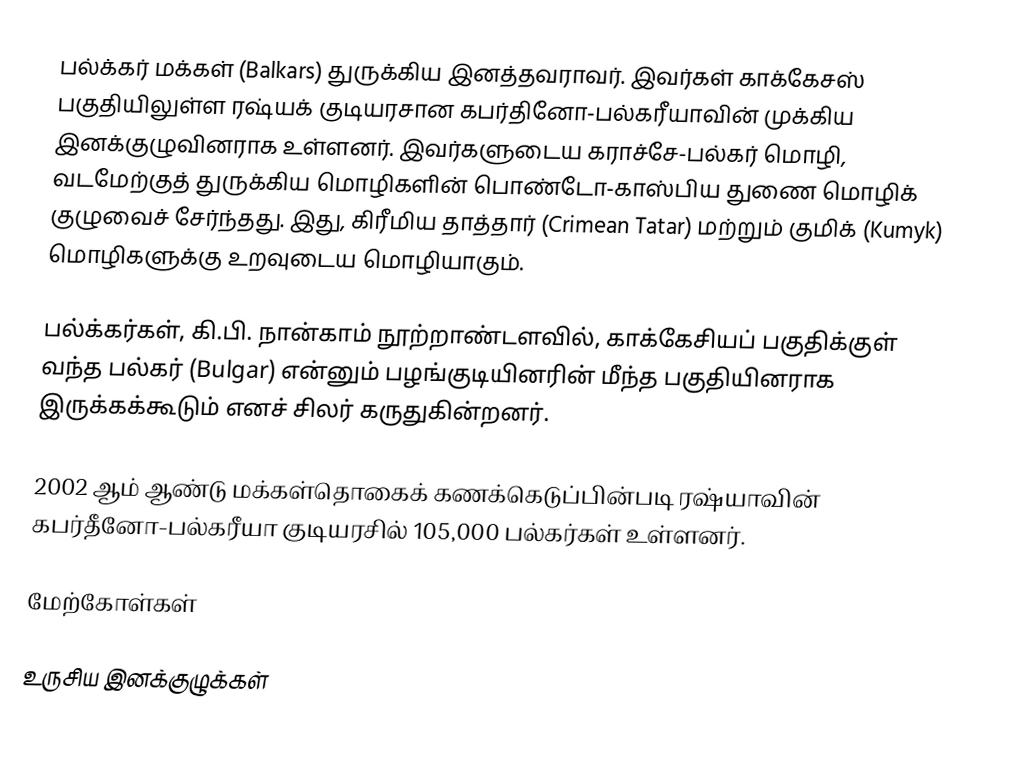
பல்க்கர் மக்கள் (Balkars) துருக்கிய இனத்தவராவர். இவர்கள் காக்கேசஸ் பகுதியிலுள்ள ரஷ்யக் குடியரசான கபர்தினோ-பல்கரீயாவின் முக்கிய இனக்குழுவினராக உள்ளனர். இவர்களுடைய கராச்சே-பல்கர் மொழி, வடமேற்குத் துருக்கிய மொழிகளின் பொண்டோ-காஸ்பிய துணை மொழிக் குழுவைச் சேர்ந்தது. இது, கிரீமிய தாத்தார் (Crimean Tatar) மற்றும் குமிக் (Kumyk) மொழிகளுக்கு உறவுடைய மொழியாகும்.

பல்க்கர்கள், கி.பி. நான்காம் நூற்றாண்டளவில், காக்கேசியப் பகுதிக்குள் வந்த பல்கர் (Bulgar) என்னும் பழங்குடியினரின் மீந்த பகுதியினராக இருக்கக்கூடும் எனச் சிலர் கருதுகின்றனர்.

2002 ஆம் ஆண்டு மக்கள்தொகைக் கணக்கெடுப்பின்படி ரஷ்யாவின் கபர்தீனோ-பல்கரீயா குடியரசில் 105,000 பல்கர்கள் உள்ளனர்.

மேற்கோள்கள்

உருசிய இனக்குழுக்கள்